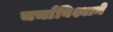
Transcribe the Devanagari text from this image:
चर्चाविश्वाने